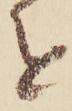
を